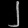
Digit: ၂